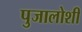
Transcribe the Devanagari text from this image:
पुजालोशी